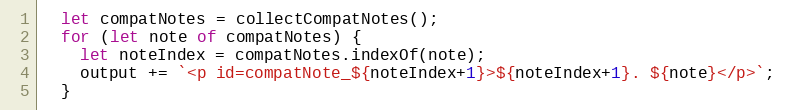
Language: JavaScript
  let compatNotes = collectCompatNotes();
  for (let note of compatNotes) {
    let noteIndex = compatNotes.indexOf(note);
    output += `<p id=compatNote_${noteIndex+1}>${noteIndex+1}. ${note}</p>`;
  }